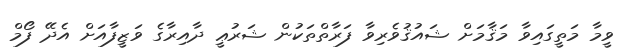
ވީމާ މަތީގައިވާ މަޤާމަށް ޝައުޤުވެރިވާ ފަރާތްތަކުން ޝަރުޢީ ދާއިރާގެ ވަޒީފާއަށް އެދޭ ފޯމް